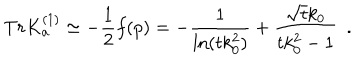
T r K _ { \bf a } ^ { ( 1 ) } \simeq - { \frac { 1 } { 2 } } f ( p ) = - { \frac { 1 } { \ln ( t k _ { 0 } ^ { 2 } ) } } + { \frac { \sqrt { t } k _ { 0 } } { t k _ { 0 } ^ { 2 } - 1 } } ~ ~ .